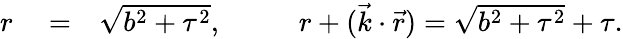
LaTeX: \begin{array}{rlr}{r}&{{}=}&{\sqrt{b^{2}+\tau^{2}},\qquad~~\, r+({\vec{k}}\cdot{\vec{r}})=\sqrt{b^{2}+\tau^{2}}+\tau.}\end{array}